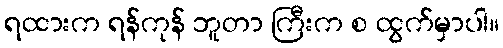
ရထားက ရန်ကုန် ဘူတာ ကြီးက စ ထွက်မှာပါ။